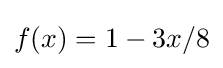
f(x)=1-3x/8